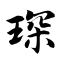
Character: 琛